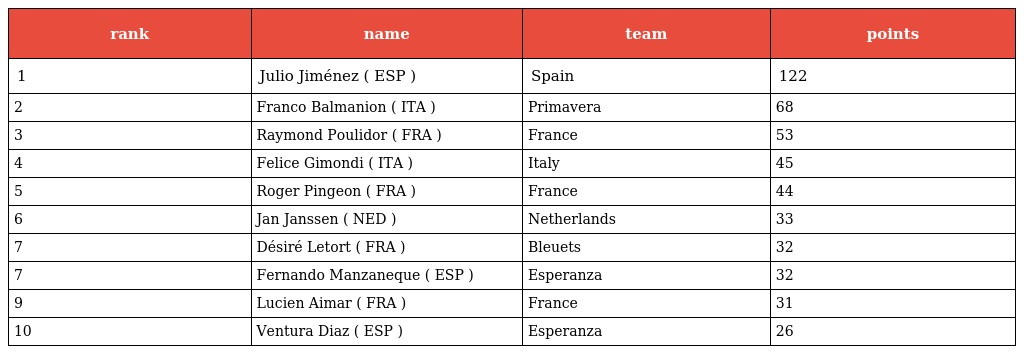
| rank | name | team | points |
 | --- | --- | --- | --- |
 | 1 | Julio Jiménez ( ESP ) | Spain | 122 |
 | 2 | Franco Balmanion ( ITA ) | Primavera | 68 |
 | 3 | Raymond Poulidor ( FRA ) | France | 53 |
 | 4 | Felice Gimondi ( ITA ) | Italy | 45 |
 | 5 | Roger Pingeon ( FRA ) | France | 44 |
 | 6 | Jan Janssen ( NED ) | Netherlands | 33 |
 | 7 | Désiré Letort ( FRA ) | Bleuets | 32 |
 | 7 | Fernando Manzaneque ( ESP ) | Esperanza | 32 |
 | 9 | Lucien Aimar ( FRA ) | France | 31 |
 | 10 | Ventura Diaz ( ESP ) | Esperanza | 26 |